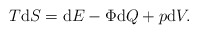
\begin{align*}T\mathrm{d}S = \mathrm{d}E - \Phi \mathrm{d}Q + p\mathrm{d}V.\end{align*}